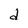
Character: d